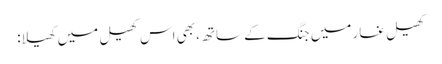
کھیل غار میں جنگ کے ساتھ، بھی اس کھیل میں کھیلا: